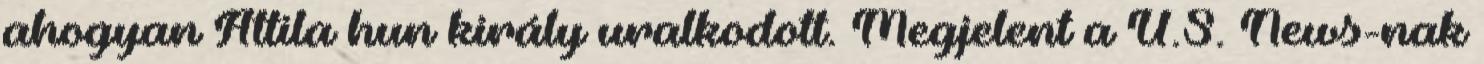
ahogyan Attila hun király uralkodott. Megjelent a U.S. News-nak